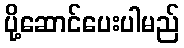
ပို့ဆောင်ပေးပါမည်